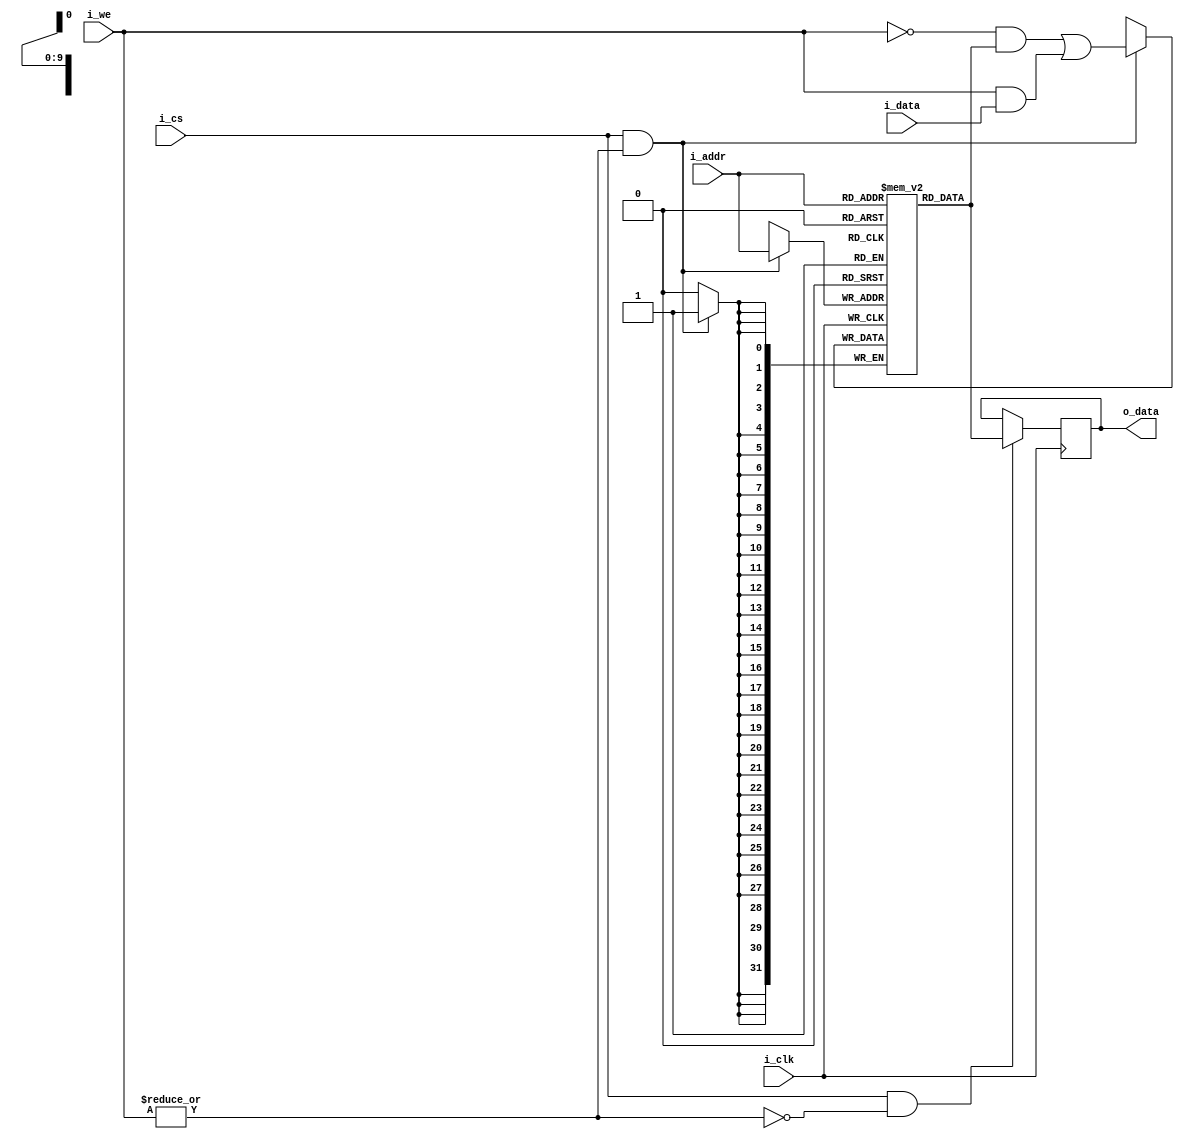
// Single-port Synchronous RAM
// Size: WIDTH x 2^(ADDR_WIDTH) bits
// Do not modify this code.
module SRAM #(
    parameter INITIAL_FILE  = "",   // If this parameter is given, the memory will be 
                                    // initialized with the data stored in the file.
    parameter WIDTH         = 32,   // word width
    parameter ADDR_WIDTH    = 10    // depth of the memory: 2^(ADDR_WIDTH-1)
)(
    input   wire    [WIDTH-1:0]         i_data,
    input   wire    [ADDR_WIDTH-1:0]    i_addr,
    output  reg     [WIDTH-1:0]         o_data,
    input   wire                        i_cs,   //active-high chip select
    input   wire    [WIDTH-1:0]         i_we,   //active-high write-enable. all-zero means read mode.

    input   wire                        i_clk
);

localparam DEPTH = 2**ADDR_WIDTH;
reg [WIDTH-1:0] mem[0:DEPTH-1];

always @(posedge i_clk)
    if(i_cs & (~|i_we)) o_data <= #1 mem[i_addr];
always @(posedge i_clk)
    if(i_cs & (|i_we))
        mem[i_addr] <= #1 (~i_we & mem[i_addr]) | (i_we & i_data);
initial begin
    if(INITIAL_FILE != "") begin
        $readmemh(INITIAL_FILE, mem);
        $display("%s was loaded successfully.", INITIAL_FILE);
    end
end

endmodule